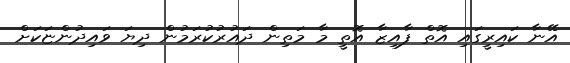
އޭނާ ކައިރީގައި އޮތް ފާއިޒާ އޮތީ މާ މަތިން ދައުރުކުރަމުން ދިޔަ ވައިދުންޏަކަށް